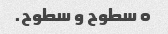
o سطوح و سطوح.